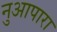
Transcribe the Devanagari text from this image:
नुआपारा